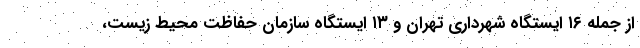
از جمله ۱۶ ایستگاه شهرداری تهران و ۱۳ ایستگاه سازمان حفاظت محیط زیست،